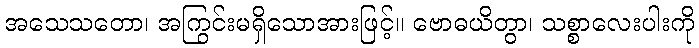
အသေသတော၊ အကြွင်းမရှိသောအားဖြင့်။ ဗောဓယိတွာ၊ သစ္စာလေးပါးကို